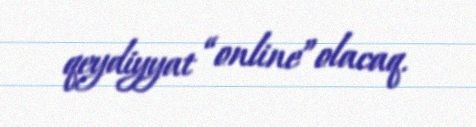
qeydiyyat “online”olacaq.